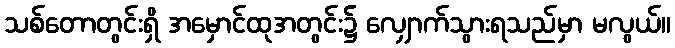
သစ်တောတွင်းရှိ အမှောင်ထုအတွင်း၌ လျှောက်သွားရသည်မှာ မလွယ်။